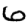
Digit: 6